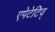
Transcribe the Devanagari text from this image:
एपेटेटिव्